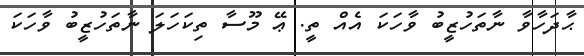
ޙާދަހާވާ ނާތަހުޒީބު ވާހަކަ އެއް ތީ. ޢޭ މޫސާ ތިކަހަލަ ނާތަހުޒީބު ވާހަކަ